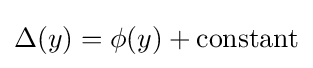
\Delta (y)=\phi (y)+{\text{constant}}